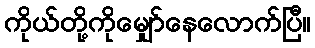
ကိုယ်တို့ကိုမျှော်နေလောက်ပြီ။